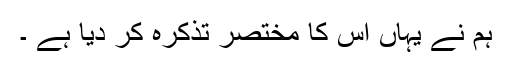
ہم نے یہاں اس کا مختصر تذکرہ کر دیا ہے ۔